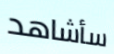
سأشاهد